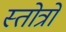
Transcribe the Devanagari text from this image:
स्तोत्रो